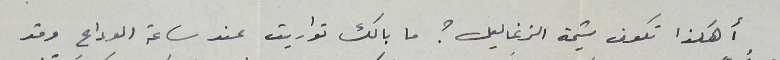
أهكذا تكون شيمة الزغاليل؟ ما بالك تواريت عند ساعة الوداع وقد